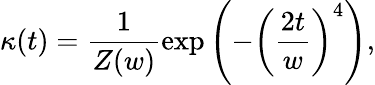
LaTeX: \kappa(t)=\frac{1}{Z(w)}\exp{\left(-\left(\frac{2t}{w}\right)^{4}\right)},